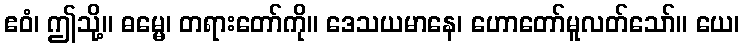
ဧဝံ၊ ဤသို့။ ဓမ္မေ၊ တရားတော်ကို။ ဒေသယမာနေ၊ ဟောတော်မူလတ်သော်။ ယေ၊